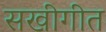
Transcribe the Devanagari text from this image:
सखीगीत